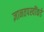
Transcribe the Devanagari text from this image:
ज्ञानतपस्वींकडे